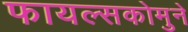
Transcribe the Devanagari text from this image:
फायल्सकोमुने